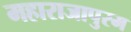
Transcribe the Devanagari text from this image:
महाराजापुरम